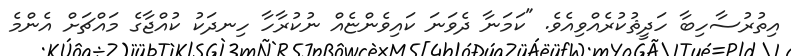
އިތުރުސާހިބާ ހަދީޘުކުރެއްވިއެވެ. "ކަމަނާ ދެވަނަ ކައިވެންޏެއް ނުކުރާހާ ހިނދަކު ކުއްޖާގެ މައްޗަށް އެންމެ